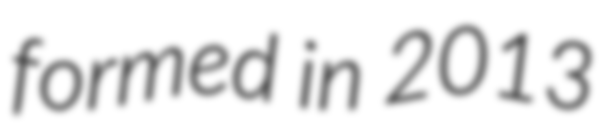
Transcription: formed in 2013